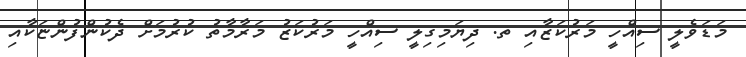
މަޑަވެލީ ސިއްހީ މަރުކަޒާއި ތ. ދިޔަމިގިލީ ސިއްހީ މަރުކަޒު މަރާމާތު ކުރުމަށް ދެކުންފުންޏަކާއި